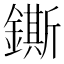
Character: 鐁